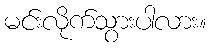
မင်းလိုက်သွားပါလား။